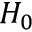
H _ { 0 }